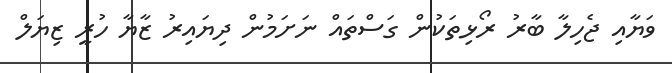
ވަޔާއި ޖެހިލާ ބާރު ރޯޅިތަކުން ގަސްތައް ނަށަމުން ދިޔައިރު ޒާޔާ ހުރީ ޒިޔަލް